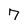
Character: 7